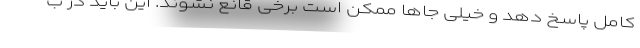
کامل پاسخ دهد و خیلی جاها ممکن است برخی قانع نشوند. این باید در ب